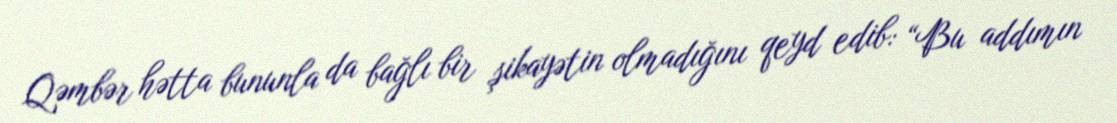
Qəmbər hətta bununla da bağlı bir şikayətin olmadığını qeyd edib: “Bu addımın